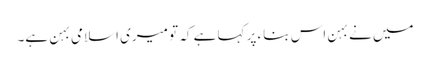
میں نے بہن اس بناء پر کہا ہے کہ تو میری اسلامی بہن ہے۔